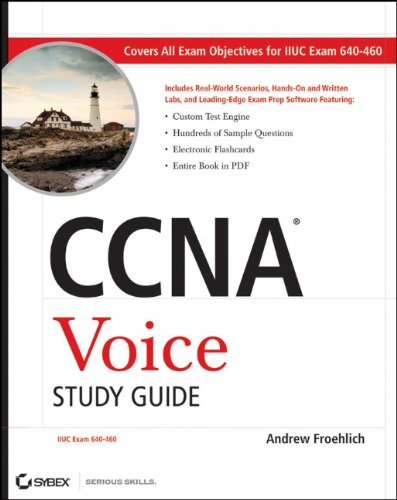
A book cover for CCNA Voice Study Guide: Exam 640-460; Andrew Froehlich; Computers & Technology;